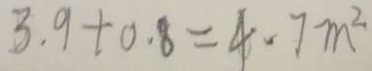
3 . 9 + 0 . 8 = 4 . 7 m ^ { 2 }